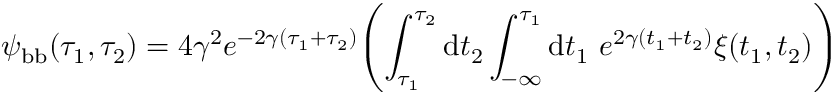
\psi _ { \mathrm { b b } } ( \tau _ { 1 } , \tau _ { 2 } ) = 4 \gamma ^ { 2 } e ^ { - 2 \gamma ( \tau _ { 1 } + \tau _ { 2 } ) } \Biggl ( \int _ { \tau _ { 1 } } ^ { \tau _ { 2 } } \mathrm { d } t _ { 2 } \int _ { - \infty } ^ { \tau _ { 1 } } \mathrm { d } t _ { 1 } ~ e ^ { 2 \gamma ( t _ { 1 } + t _ { 2 } ) } \xi ( t _ { 1 } , t _ { 2 } ) \Biggl )